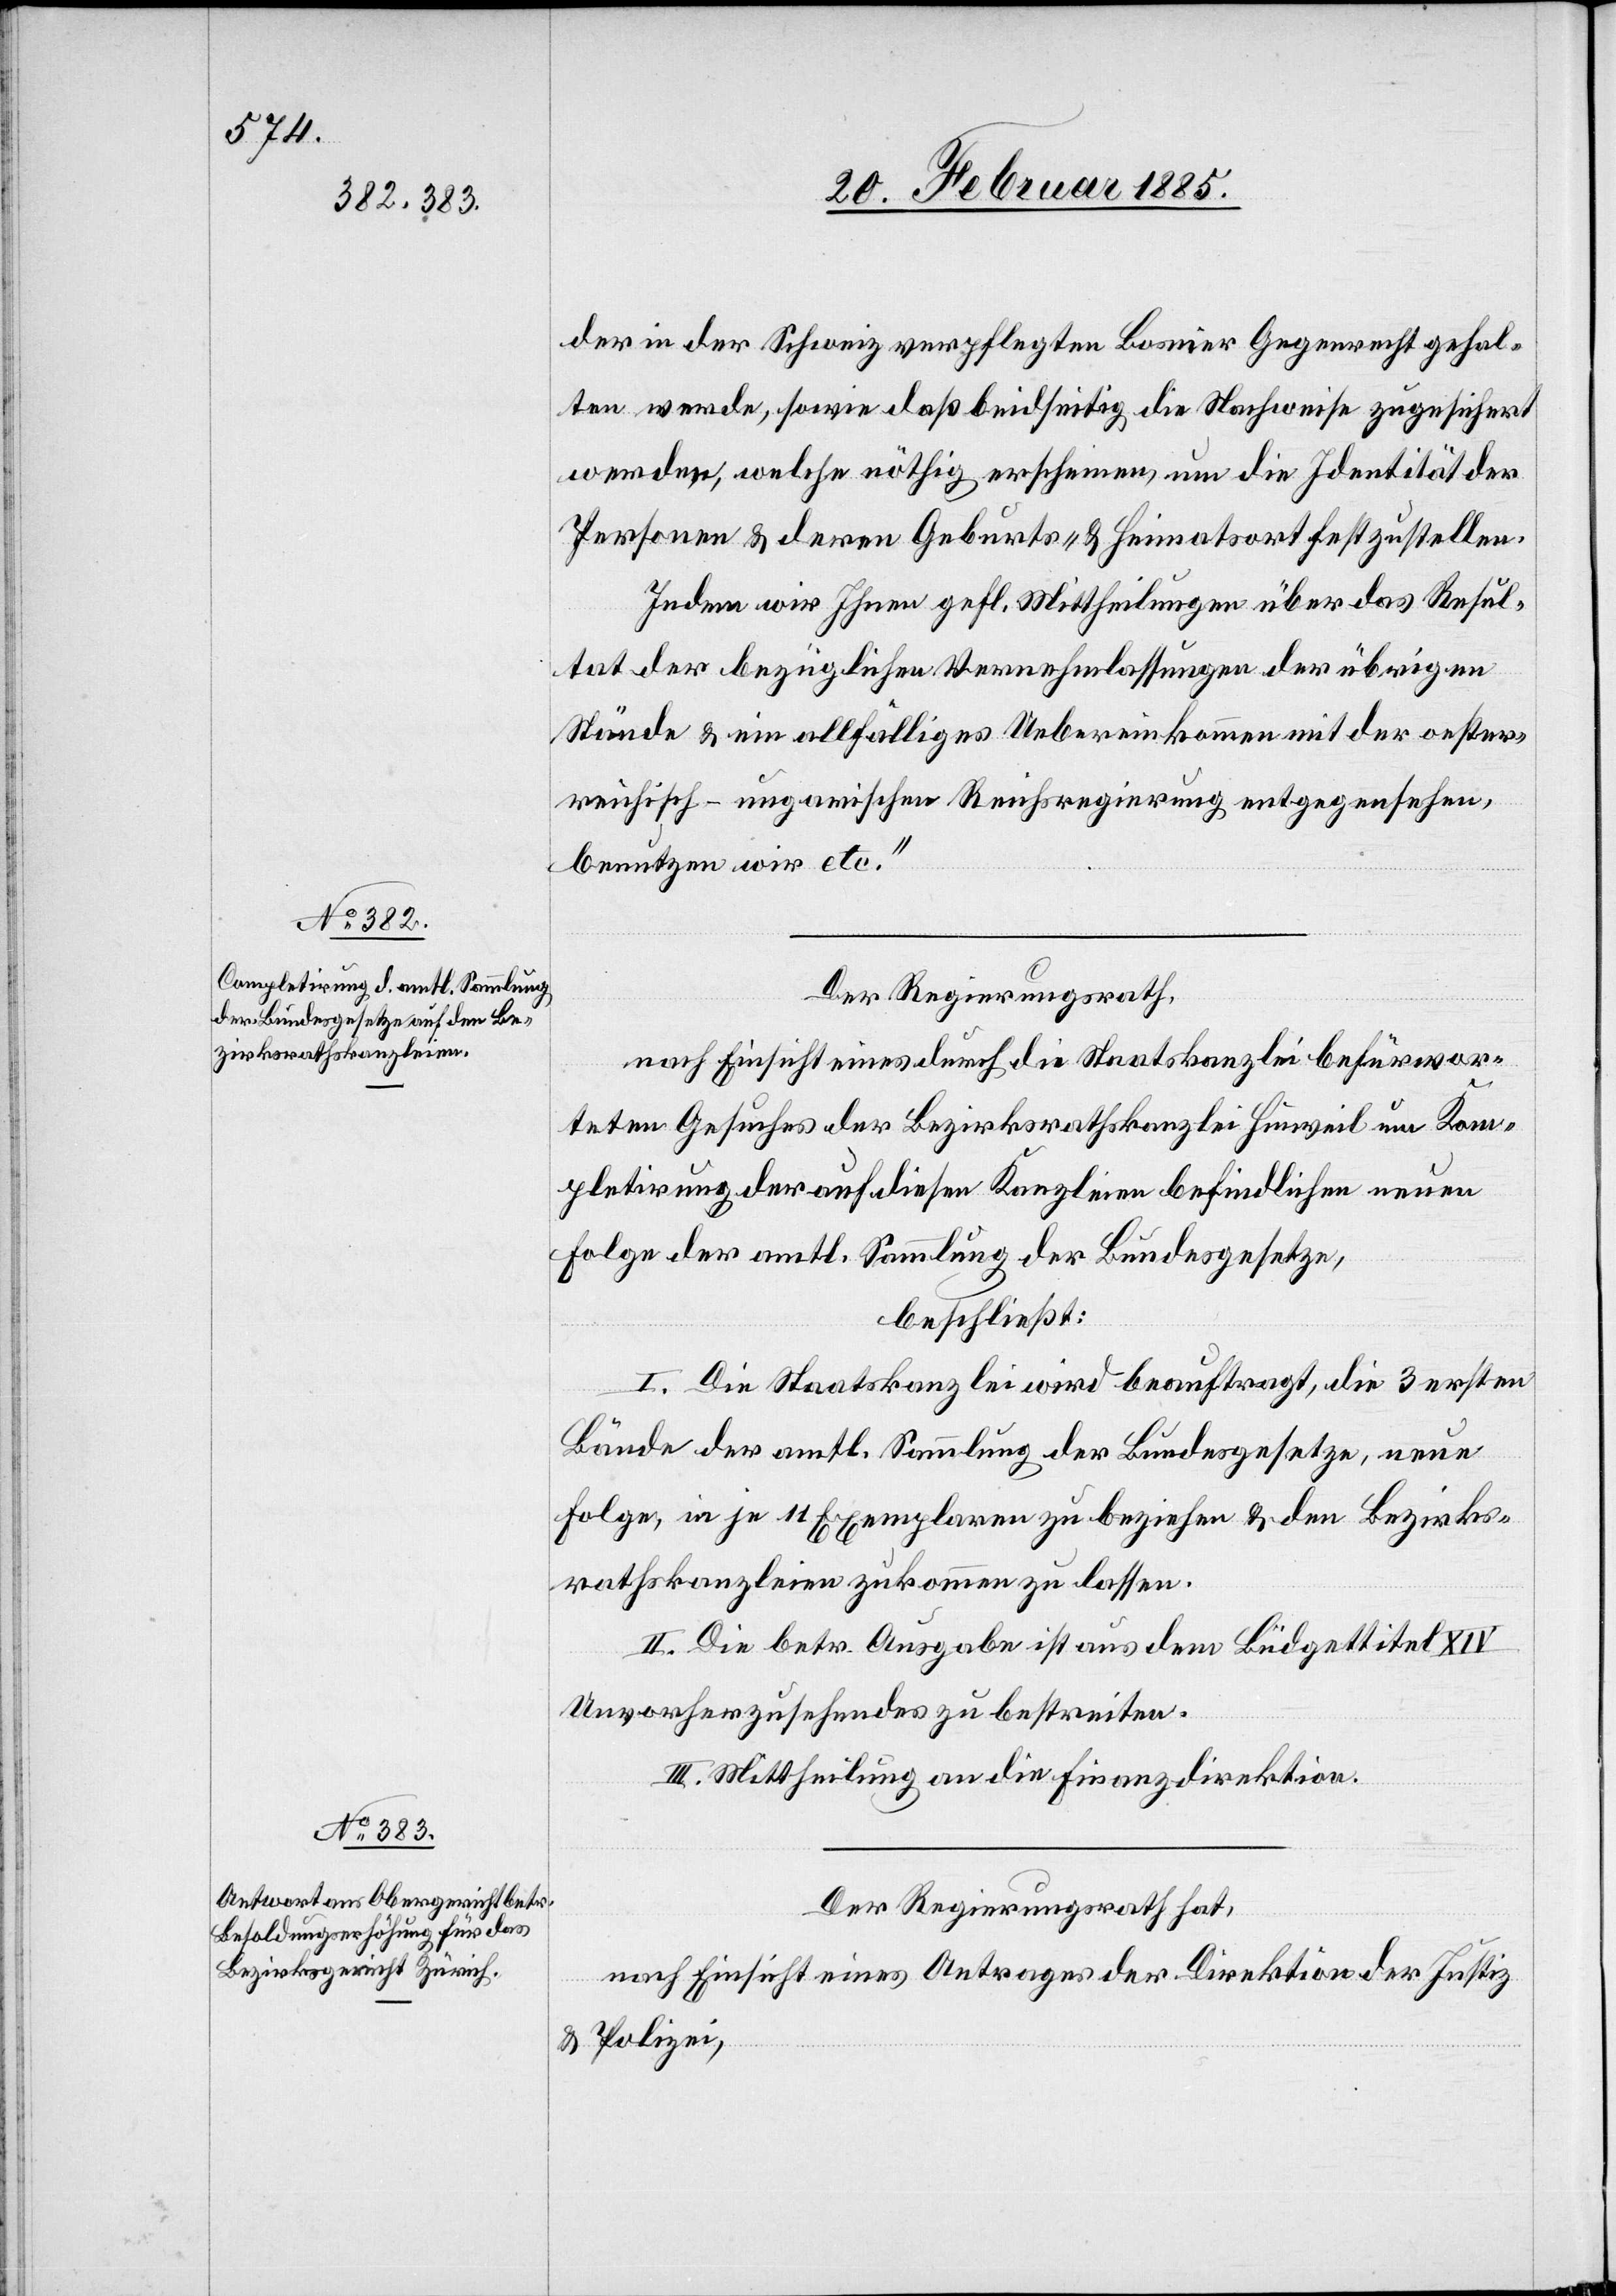
der in der Schweiz verpflegten Bosnier Gegenrecht gehal¬
ten werde, sowie daß beidseitig die Nachweise zugesichert
werden, welche nöthig erscheinen, um die Identität der
Personen & deren Geburts- & Heimatsort festzustellen.
Indem wir Ihnen gefl. Mittheilungen über das Resul¬
tat der bezüglichen Vernehmlassungen der übrigen
Stände & ein allfälliges Uebereinkommen mit der oester¬
reichisch-ungarischen Reichsregierung entgegensehen,
benutzen wir etc.“
Der Regierungsrath,
nach Einsicht eines durch die Staatskanzlei befürwor¬
teten Gesuches der Bezirksrathskanzlei Hinweil um Kom¬
pletirung der auf diesen Kanzleien befindlichen neuen
Folge der amtl. Sammlung der Bundesgesetze,
beschließt:
I. Die Staatskanzlei wird beauftragt, die 3 ersten
Bände der amtl. Sammlung der Bundesgesetze, neue
Folge, in je 11 Exemplaren zu beziehen & den Bezirks¬
rathskanzleien zukommen zu lassen.
II. Die betr. Ausgabe ist aus dem Büdgettitel XIV
Unvorherzusehendes zu bestreiten.
Der Regierungsrath hat,
nach Einsicht eines Antrages der Direktion der Justiz
& Polizei,